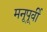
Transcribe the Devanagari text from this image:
मनूपूर्वी